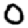
Digit: 0